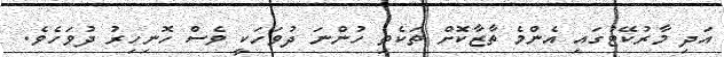
އަދި މާރުކޭޓުގައި އެންމެ ތާޒާކޮށް ތަކެތި ހުންނަ ދުވަހަކީ ވެސް ހޮނިހިރު ދުވަހެވެ.